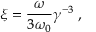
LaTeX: \xi = \frac { \omega } { 3 \omega _ { 0 } } \gamma ^ { - 3 } \; ,